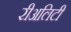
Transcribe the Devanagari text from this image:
रीअलिटी